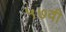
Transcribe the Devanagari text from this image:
५७वी